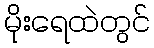
မိုးရေထဲတွင်